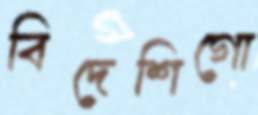
বিদেশিগো